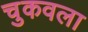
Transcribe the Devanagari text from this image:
चुकवला